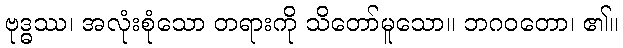
ဗုဒ္ဓဿ၊ အလုံးစုံသော တရားကို သိတော်မူသော။ ဘဂဝတော၊ ၏။